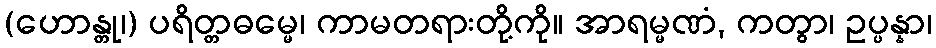
(ဟောန္တု၊) ပရိတ္တဓမ္မေ၊ ကာမတရားတို့ကို။ အာရမ္မဏံ, ကတွာ၊ ဥပ္ပန္နာ၊